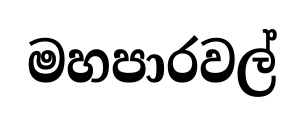
මහපාරවල්